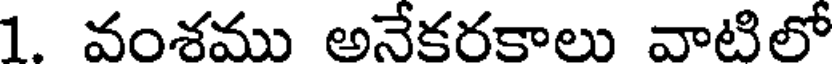
1 వంశము అనేకరకాలు వాటిలో